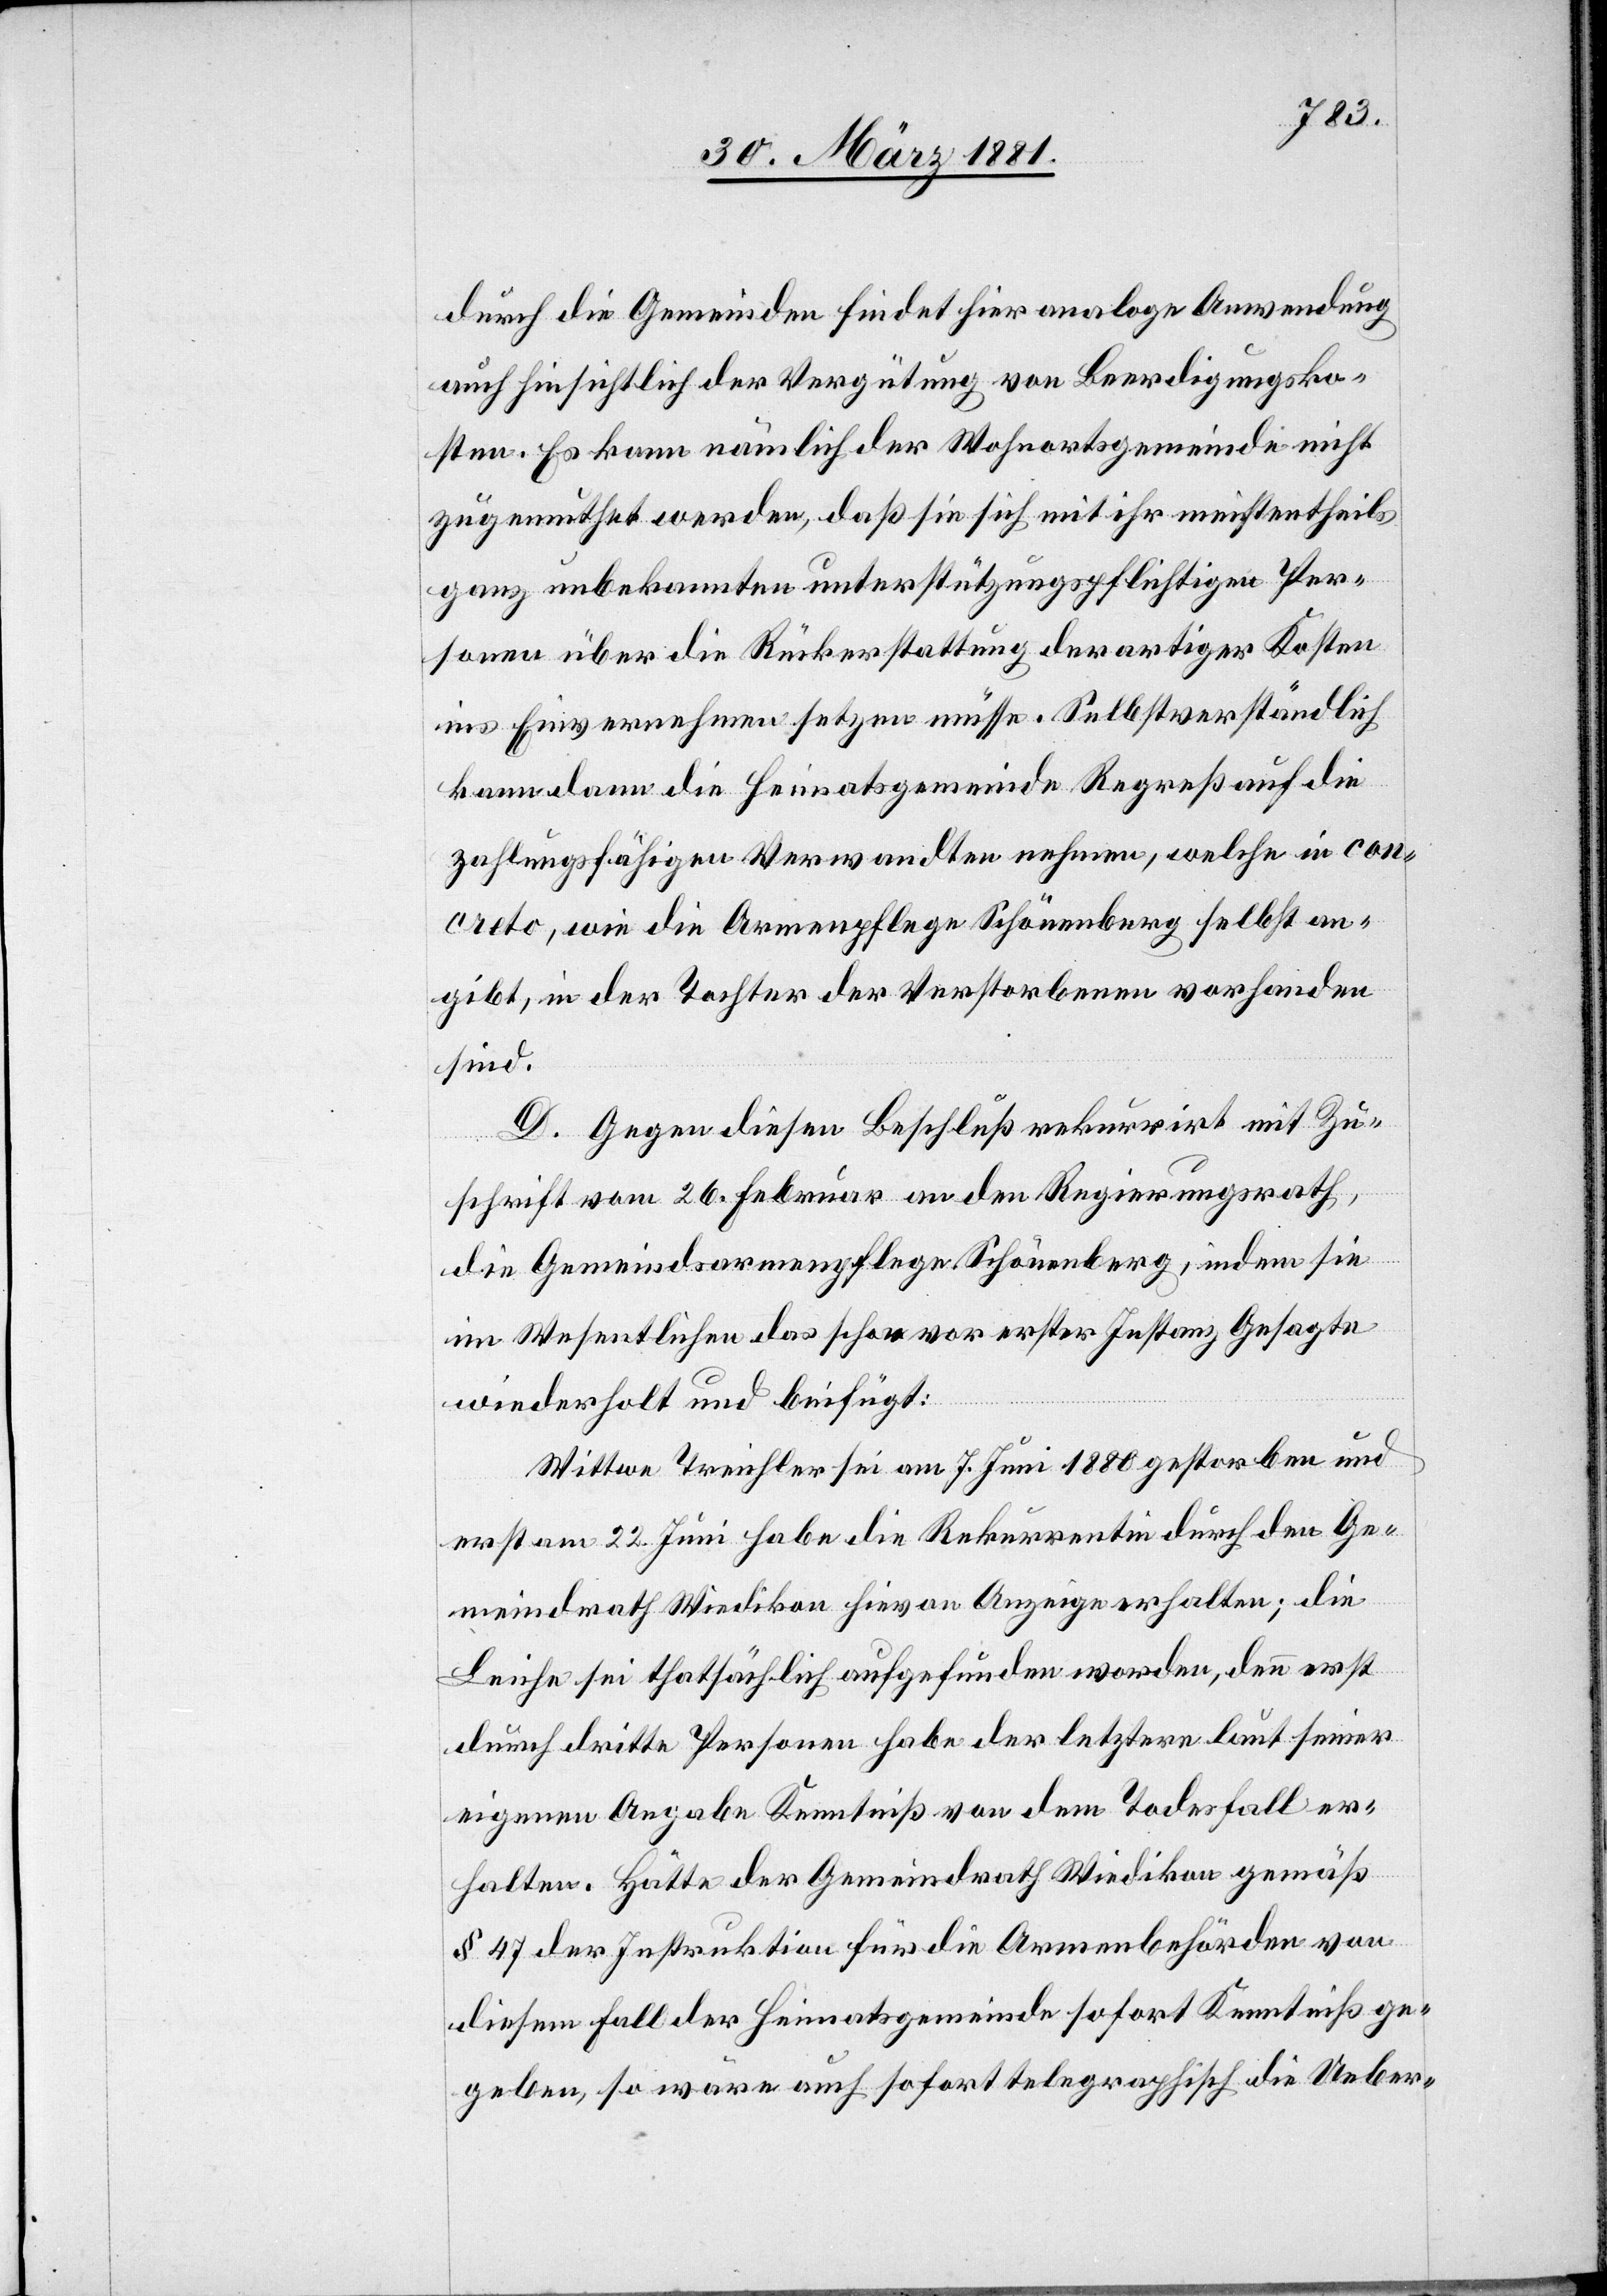
durch die Gemeinden findet hier analoge Anwendung
auch hinsichtlich der Vergütung von Beerdigungsko¬
sten. Es kann nämlich der Wohnortsgemeinde nicht
zugemuthet werden, daß sie sich mit ihr meistentheils
ganz unbekannten unterstützungspflichtigen Per¬
sonen über die Rückerstattung derartiger Kosten
ins Einvernehmen setzen müsse. Selbstverständlich
kann dann die Heimatsgemeinde Regreß auf die
zahlungsfähigen Verwandten nehmen, welche in con¬
creto, wie die Armenpflege Schönenberg selbst an¬
gibt, in der Tochter der Verstorbenen vorhanden
sind.
D. Gegen diesen Beschluß rekurrirt mit Zu¬
schrift vom 26. Februar an den Regierungsrath,
die Gemeindsarmenpflege Schönenberg, indem sie
im Wesentlichen das schon vor erster Instanz Gesagte
wiederholt und beifügt:
Wittwe Treichler sei am 7. Juni 1880 gestorben und
erst am 22. Juni habe die Rekurrentin durch den Ge¬
meindrath Wiedikon hievon Anzeige erhalten; die
Leiche sei thatsächlich aufgefunden worden, denn erst
durch dritte Personen habe der letztere laut seiner
eigenen Angabe Kenntniß von dem Todesfall er¬
halten. Hätte der Gemeindrath Wiedikon gemäß
§ 47 der Instruktion für die Armenbehörden von
diesem Fall der Heimatsgemeinde sofort Kenntniß ge¬
geben, so wäre auch sofort telegraphisch die Ueber-